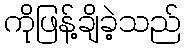
ကိုဖြန့်ချိခဲ့သည်